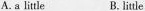
A.a little B. little